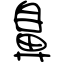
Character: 鼻